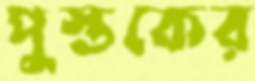
পুস্তকের